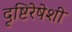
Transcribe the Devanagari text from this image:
दृष्टिरेषेशी